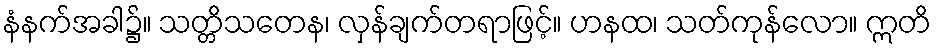
နံနက်အခါ၌။ သတ္တိသတေန၊ လှန်ချက်တရာဖြင့်။ ဟနထ၊ သတ်ကုန်လော။ ဣတိ